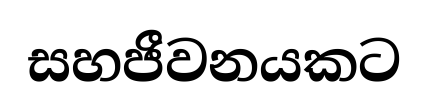
සහජීවනයකට